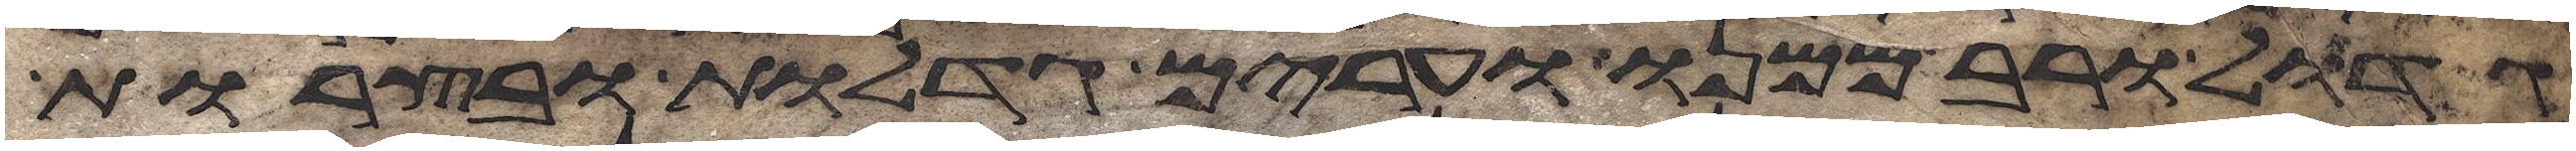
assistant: גדול ורב ממנו ערים גדלות ובצרות